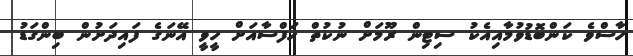
ހާސްވެ ކަންބޮޑުވުމާއިއެކު ސިޓިން ރޫމަށް ނުކުތް ހަފްސާއަށް ހީވީ އޭނަގެ ފައިދަށުން ބިންގަޑު